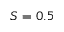
S = 0 . 5